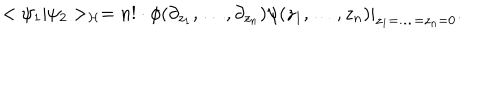
< \psi _ { 1 } | \psi _ { 2 } > _ { \cal H } = n ! \cdot { \phi } ( \partial _ { z _ { 1 } } , \ldots , \partial _ { z _ { n } } ) { \psi } ( z _ { 1 } , \ldots , z _ { n } ) | _ { z _ { 1 } = \ldots = z _ { n } = 0 } .